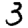
Digit: 3